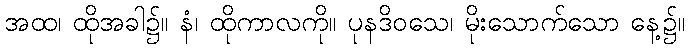
အထ၊ ထိုအခါ၌။ နံ၊ ထိုကာလကို။ ပုနဒိဝသေ၊ မိုးသောက်သော နေ့၌။